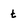
Character: t